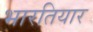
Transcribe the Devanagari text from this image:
भारतियार